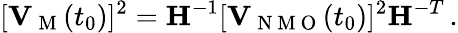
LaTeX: [{\mathbf V}_{\mathrm{~M~}}(t_{0})]^{2}={\mathbf H}^{-1}[{\mathbf V}_{\mathrm{~N~M~O~}}(t_{0})]^{2}{\mathbf H}^{-T}\, .